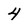
Character: 4